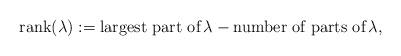
LaTeX: \begin{align*}\textrm{rank}(\lambda) := \textrm{largest part of}\, \lambda - \textrm{number of parts of} \, \lambda ,\end{align*}